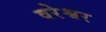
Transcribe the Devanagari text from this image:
वरेश्वर